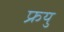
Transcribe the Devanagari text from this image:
फ्रयु